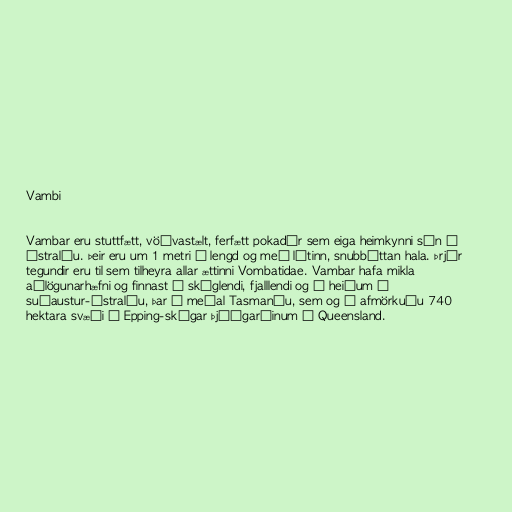
Vambi

Vambar eru stuttfætt, vöðvastælt, ferfætt pokadýr sem eiga heimkynni sín í
Ástralíu. Þeir eru um 1 metri á lengd og með lítinn, snubbóttan hala. Þrjár
tegundir eru til sem tilheyra allar ættinni Vombatidae. Vambar hafa mikla
aðlögunarhæfni og finnast í skóglendi, fjalllendi og á heiðum í
suðaustur-Ástralíu, þar á meðal Tasmaníu, sem og á afmörkuðu 740
hektara svæði í Epping-skógar þjóðgarðinum í Queensland.